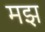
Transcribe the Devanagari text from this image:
मझ